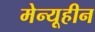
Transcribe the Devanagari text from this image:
मेन्यूहीन